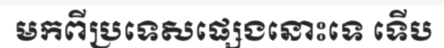
មកពីប្រទេសផ្សេងនោះទេ ទើប